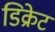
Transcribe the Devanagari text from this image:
डिक्रेट